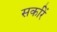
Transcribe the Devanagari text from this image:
सर्कारें